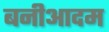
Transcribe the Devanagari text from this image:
बनीआदम